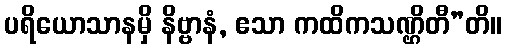
ပရိယောသာနမှိ နိဗ္ဗာနံ, ဧသာ ကထိကသဏ္ဌိတီ”တိ။